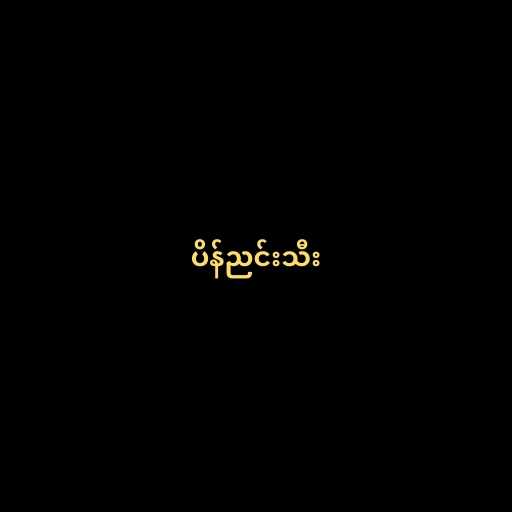
ပိန်ညင်းသီး